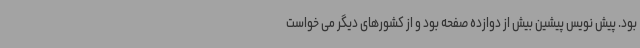
بود. پیش نویس پیشین بیش از دوازده صفحه بود و از کشورهای دیگر می خواست